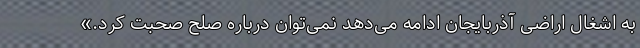
به اشغال اراضی آذربایجان ادامه می‌دهد نمی‌توان درباره صلح صحبت کرد.»